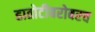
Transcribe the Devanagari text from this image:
हातोटीबरोबरच